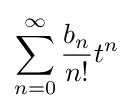
\sum _{n=0}^{\infty }{b_{n} \over n!}t^{n}